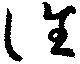
徃